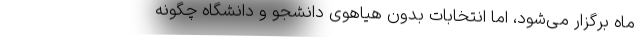
ماه برگزار می‌شود، اما انتخابات بدون هیاهوی دانشجو و دانشگاه چگونه